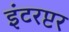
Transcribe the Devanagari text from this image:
इंटरप्टर